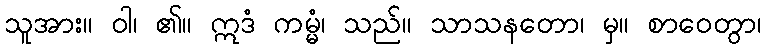
သူအား။ ဝါ၊ ၏။ ဣဒံ ကမ္မံ၊ သည်။ သာသနတော၊ မှ။ စာဝေတွာ၊